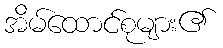
အိမ်ထောင်စုများ၏